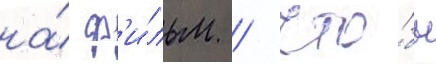
на́ ф'и́льм / что́бы